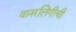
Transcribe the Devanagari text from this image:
वानरलिंगीची